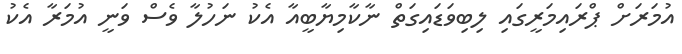
އުމަރަށް ޕްރައިމަރީގައި ލިބިވަޑައިގަތް ނާކާމިޔާބީއާ އެކު ނަހުލާ ވެސް ވަނީ އުމަރާ އެކު